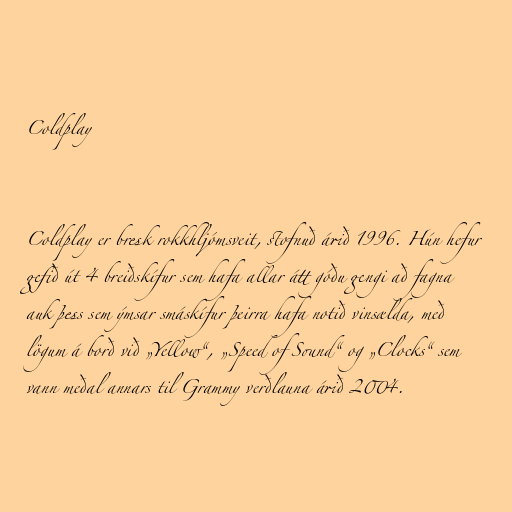
Coldplay

Coldplay er bresk rokkhljómsveit, stofnuð árið 1996. Hún hefur
gefið út 4 breiðskífur sem hafa allar átt góðu gengi að fagna
auk þess sem ýmsar smáskífur þeirra hafa notið vinsælda, með
lögum á borð við „Yellow“, „Speed of Sound“ og „Clocks“ sem
vann meðal annars til Grammy verðlauna árið 2004.